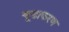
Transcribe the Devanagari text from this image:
चूडाकरण